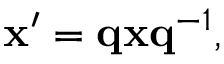
\mathbf { x ^ { \prime } } = \mathbf { q x q } ^ { - 1 } ,